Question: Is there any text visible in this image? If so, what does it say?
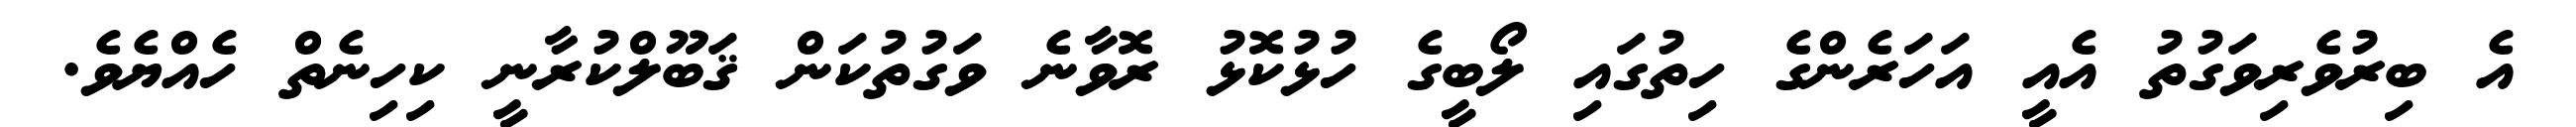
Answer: އެ ބިރުވެރިވަގުތު އެއީ އަހަރެންގެ ހިތުގައި ލޯބީގެ ހުޅުކޮޅު ރޮވާނެ ވަގުތުކަން ޤަބޫލްކުރާނީ ކިހިނެތް ހެއްޔެވެ.